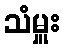
သံမှူး